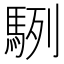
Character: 䮋